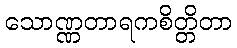
သောဏ္ဏတာရကစိတ္တိတာ